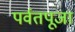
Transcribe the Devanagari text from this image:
पर्वतपूजा